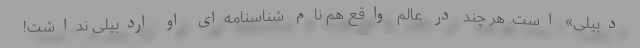
دبیلی» است. هر چند در عالم واقع هم نام شناسنامه‌ای او اردبیلی نداشت!